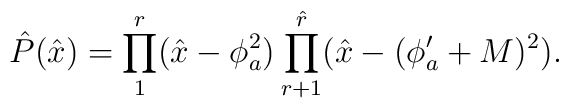
\hat{P}(\hat{x})=\prod_1^r(\hat{x}-\phi_a^2)                    \prod_{r+1}^{\hat{r}}(\hat{x}-(\phi'_a+M)^2).